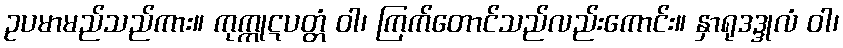
ဥပမာမည်သည်ကား။ ကုက္ကုဋပတ္တံ ဝါ၊ ကြက်တောင်သည်လည်းကောင်း။ နှာရုဒဒ္ဒုလံ ဝါ၊